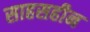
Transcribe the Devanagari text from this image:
साहसहीन